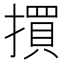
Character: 𢵯